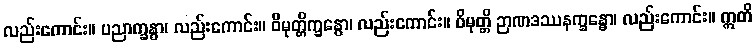
လည်းကောင်း။ ပညာက္ခန္ဓာ၊ လည်းကောင်း။ ဝိမုတ္တိက္ခန္ဓော၊ လည်းကောင်း။ ဝိမုတ္တိ ဉာဏဒဿနက္ခန္ဓော၊ လည်းကောင်း။ ဣတိ